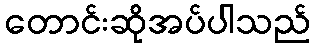
တောင်းဆိုအပ်ပါသည်